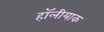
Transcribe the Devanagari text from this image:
हॉलीयाक